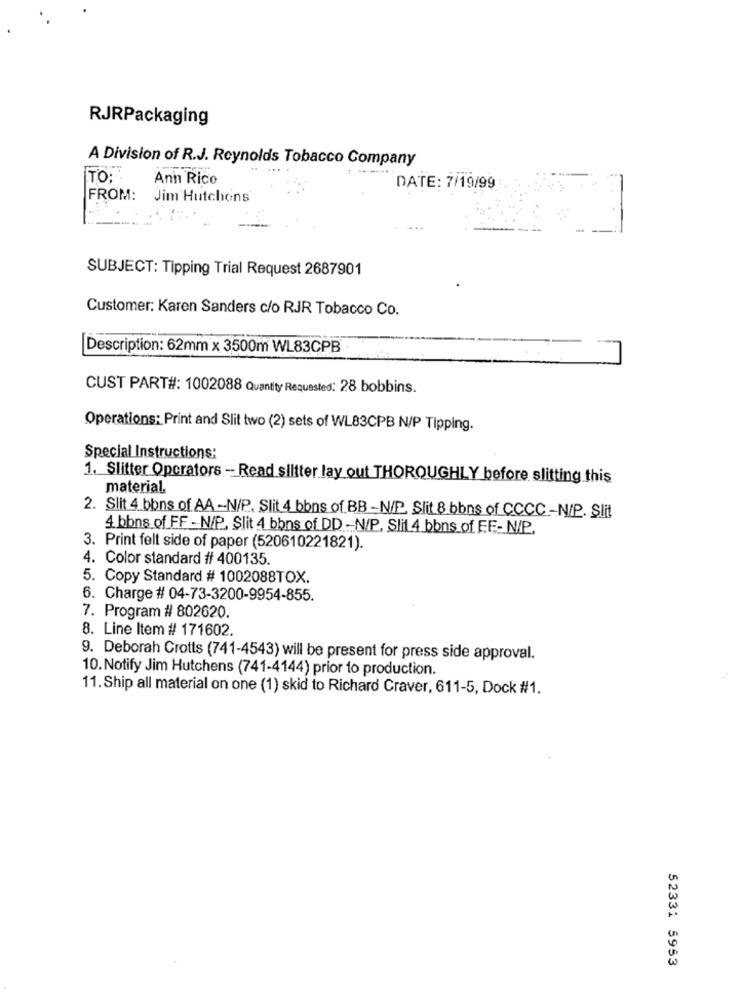
RJRPackaging
A Division of R.J. Reynolds Tobacco Company
TO:"
Ann Rico
DATE: 7/19/99
FROM: Jim Hutchons
SUBJECT: Tipping Trial Request 2687901
Customer: Karen Sanders c/o RJR Tobacco Co.
Description: 62mm x 3500m WL83CPB
CUST PART#: 1002088 Quantity Requested: 28 bobbins.
Operations: Print and Slit two (2) sets of WL83CPB N/P Tipping.
Special Instructions:
1. Slitter Operators - Read slitter lay out THOROUGHLY before slitting this
material.
2. Slit 4 bbns of AA -N/P. Slit.4 bons of BB -N/P. Slit 8 bbns of CCCC-N/P. Slit
4. bbns of FF - N/P. Slit 4 bbns of DD -N/P, Slit 4 bbns of EF- N/P.
3. Print felt side of paper (520610221821).
4. Color standard # 400135.
5. Copy Standard # 1002088TOX.
6. Charge # 04-73-3200-9954-855.
7. Program # 802620.
8. Line Item # 171602.
9. Deborah Crotts (741-4543) will be present for press side approval.
10. Notify Jim Hutchens (741-4144) prior to production.
11. Ship all material on one (1) skid to Richard Craver, 611-5, Dock #1.
52331 5953